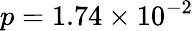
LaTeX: p=1.74\times 10^{-2}